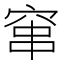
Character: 窜